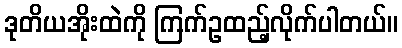
ဒုတိယအိုးထဲကို ကြက်ဥထည့်လိုက်ပါတယ်။